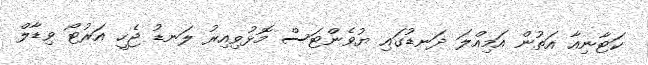
ކަޓާނިއާ އަތުން އަމިއްލަ ދަނޑުގައި ޔުވެންޓަސް މޮޅުވިއިރު ލަނޑު ޖެހީ އަރުޓޯ ވިޑާލް